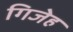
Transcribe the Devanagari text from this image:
गिजेह